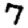
Digit: 7